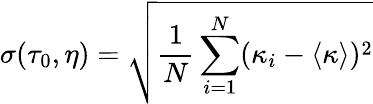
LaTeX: \sigma(\tau_{0},\eta)=\sqrt{\frac{1}{N}\sum_{i=1}^{N}(\kappa_{i}-\langle\kappa\rangle)^{2}}